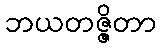
ဘယတဇ္ဇိတာ